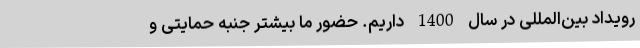
رویداد بین‌المللی در سال 1400 داریم. حضور ما بیشتر جنبه حمایتی و